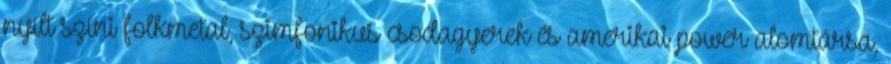
nyílt színi folkmetal, szimfonikus csodagyerek és amerikai power alomtársa,